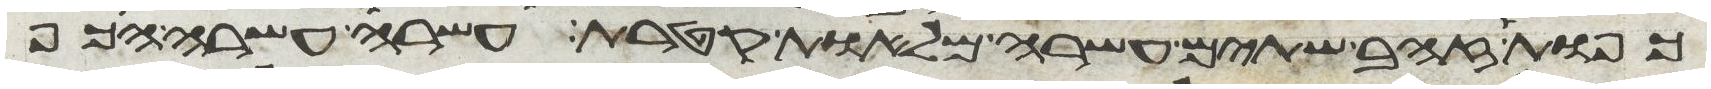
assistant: כפות זהב שתים עשרה מלאות קטרת עשרה עשרה הכף